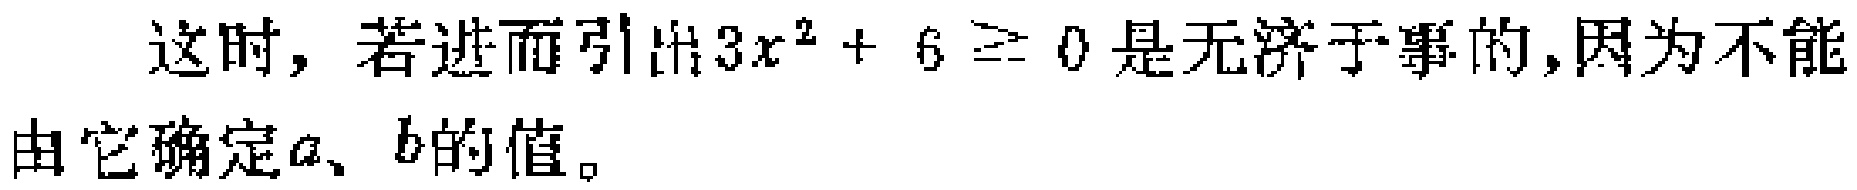
这时, 若进而引出\(3x^{2}+6\geq0\)是无济于事的,因为不能由它确定\(a、b\)的值。